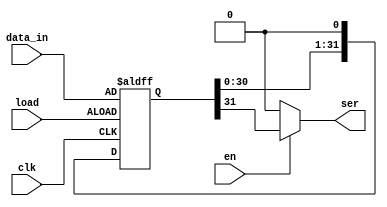
`timescale 1ns/1ns

//Converts parallel data to serial

module parallel2ser (
	clk,
	load,
    en,
	data_in,
	ser
	);
	
	parameter DATA_WIDTH = 32;
	input clk;
	input load;
    input en;
	input [DATA_WIDTH-1:0] data_in;

	output reg ser;

	reg [DATA_WIDTH-1:0] data_reg;

    wire ser_tmp = data_reg[DATA_WIDTH-1];
	always @ (posedge clk or posedge load) begin
		if (load) begin
			data_reg <= data_in;
		end	else begin
            #8; //wait for data to become valid
			data_reg = {data_reg[DATA_WIDTH-2:0], 1'b0};
		end
	end

    always @ (*) begin
        if (en) begin
            ser = ser_tmp;
        end else begin
            ser = 1'b0;
        end
    end

endmodule